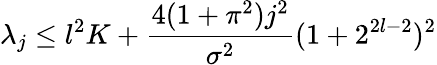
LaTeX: \lambda_{j}\leq l^{2}K+\frac{4(1+\pi^{2})j^{2}}{\sigma^{2}}(1+2^{2l-2})^{2}